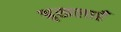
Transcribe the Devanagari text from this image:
श्रृखलाएँ